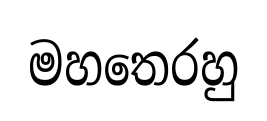
මහතෙරහු